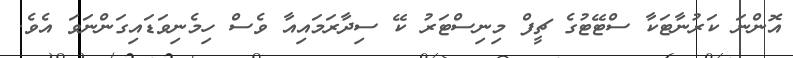
އޮންނަ ކަރުނާޓަކާ ސްޓޭޓުގެ ޗީފް މިނިސްޓަރު ކޭ ސިދާރަމައިއާ ވެސް ހިމެނިވަޑައިގަންނަވަ އެވެ.